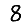
Digit: 8